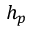
h _ { p }